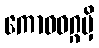
ကောဓဝဂ္ဂမှိ